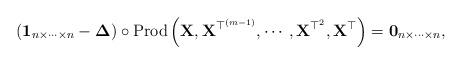
LaTeX: \begin{align*}\left(\mathbf{1}_{n\times\cdots\times n}-\boldsymbol{\Delta}\right)\circ\mbox{Prod}\left(\mathbf{X},\mathbf{X}^{\top^{\left(m-1\right)}},\cdots,\mathbf{X}^{\top^{2}},\mathbf{X}^{\top}\right)=\mathbf{0}_{n\times\cdots\times n},\end{align*}